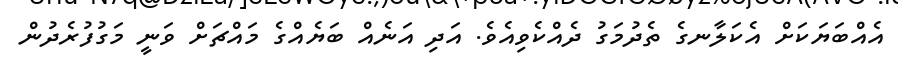
އެއްބަޔަކަށް އެކަލާނގެ ތެދުމަގު ދެއްކެވިއެވެ. އަދި އަނެއް ބަޔެއްގެ މައްޗަށް ވަނީ މަގުފުރެދުން